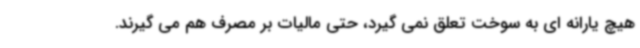
هیچ یارانه ای به سوخت تعلق نمی گیرد، حتی مالیات بر مصرف هم می گیرند.